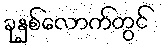
ခုနှစ်လောက်တွင်